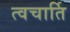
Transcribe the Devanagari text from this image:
त्वचार्ति